Problem: 3 × 8 = ?
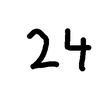
Handwritten answer: 24